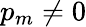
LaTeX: p_{m}\neq 0